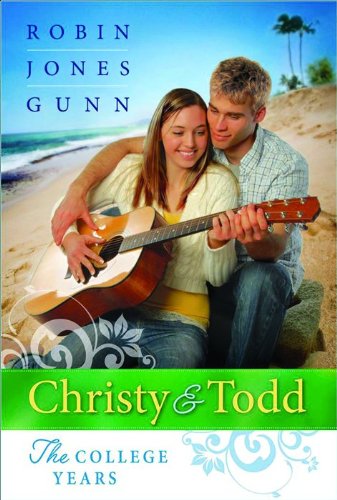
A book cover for Until Tomorrow/As You Wish/I Promise (Christy and Todd: The College Years 1-3); Robin Jones Gunn; Teen & Young Adult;